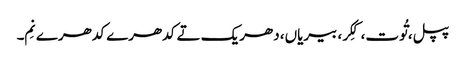
پپل، تُوت، کِکر، بیریاں، دھریک تے کدھرے کدھرے نِم۔